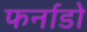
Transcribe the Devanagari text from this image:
फर्नाडो